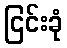
ငြင်းခုံ